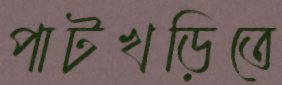
পাটখড়িতে